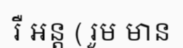
រឺ អន្ត ( រួម មាន